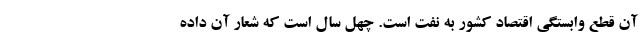
آن قطع وابستگی اقتصاد کشور به نفت است. چهل سال است که شعار آن داده